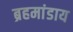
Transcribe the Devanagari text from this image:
ब्रहमांडाय